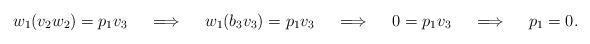
LaTeX: \begin{align*}w_1(v_2w_2)=p_1v_3 \ \ \ \implies \ \ \ w_1(b_3v_3)=p_1v_3 \ \ \ \implies \ \ \ 0=p_1v_3 \ \ \ \implies \ \ \ p_1=0.\end{align*}